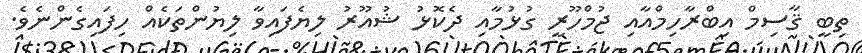
ތިބީ ޤާސިމް އިބްރާހިމްއާއި ޖުމްހޫރީ ގުޅުމާއި ދެކޮޅު ޝުއޫރު ލިޔެފައިވާ ލިޔުންތަކެއް ހިފައިގެންނެވެ.